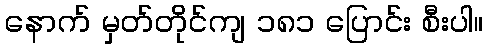
နောက် မှတ်တိုင်ကျ ၁၈၁ ပြောင်း စီးပါ။